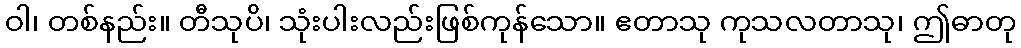
ဝါ၊ တစ်နည်း။ တီသုပိ၊ သုံးပါးလည်းဖြစ်ကုန်သော။ ဧတာသု ကုသလတာသု၊ ဤဓာတု